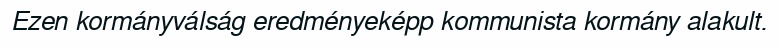
Ezen kormányválság eredményeképp kommunista kormány alakult.